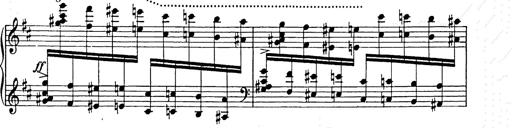
Title: Ballade No.2
Composer: Jan Skrzydlewski
Key: B minor